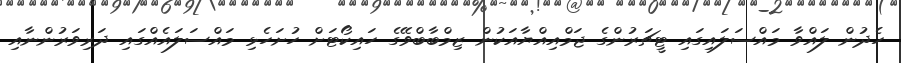
ހެދުން ލައްވާ މައްސަލައިގައި ޓީޗަރުންގެ ޖަމްއިއްޔާއަކުން ޒިމްބާބްވޭގެ ހައިކޯޓަށް ހުށަހެޅި މައްސަލައެއްގައި ދަރިވަރުންނާއި